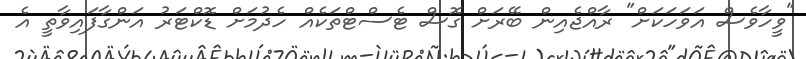
"ވީހާވެސް އަވަހަކަށް" ރާއްޖެއިން ބޭރަށް ގޮސް ޓެސްޓްތަކެއް ހެދުމަށް ޑޮކްޓަރު އަންގާފައިވާތީ އެ